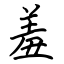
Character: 羞